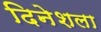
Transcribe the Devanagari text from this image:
दिनेशला